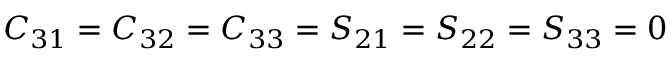
C _ { 3 1 } = C _ { 3 2 } = C _ { 3 3 } = S _ { 2 1 } = S _ { 2 2 } = S _ { 3 3 } = 0